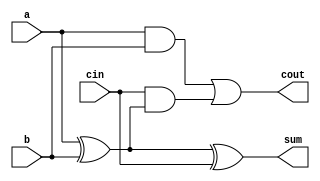
module FullAdder(
    input wire a,
    input wire b,
    input wire cin,
    output wire sum,
    output wire cout
);
    assign sum = a ^ b ^ cin;          // Sum is the XOR of a, b, and carry-in
    assign cout = (a & b) | (cin & (a ^ b)); // Carry-out logic
endmodule